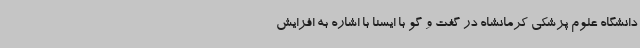
دانشگاه علوم پزشکی کرمانشاه در گفت و گو با ایسنا با اشاره به افزایش